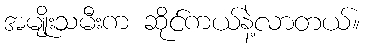
အမျိုးသမီးက ဆိုင်ကယ်နဲ့လာတယ်။